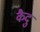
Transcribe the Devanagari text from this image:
कैदु